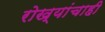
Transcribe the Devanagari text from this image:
रोख्यांचाही